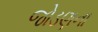
જોડણના